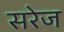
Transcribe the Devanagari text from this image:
सरेज